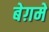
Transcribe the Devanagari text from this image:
बेग़में